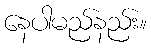
နေပါမည်နည်း။